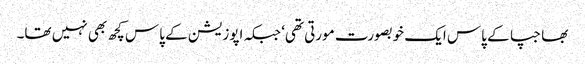
بھاجپا کے پاس ایک خوبصورت مورتی تھی‘ جبکہ اپوزیشن کے پاس کچھ بھی نہیں تھا۔